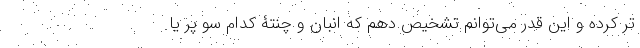
تر کرده و این قدر می‌توانم تشخیص دهم که انبان و چنتۀ کدام سو پُر یا